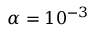
\alpha = 1 0 ^ { - 3 }